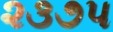
૨૩૭૫